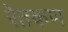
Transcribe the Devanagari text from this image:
रेतकण